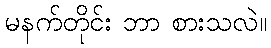
မနက်တိုင်း ဘာ စားသလဲ။